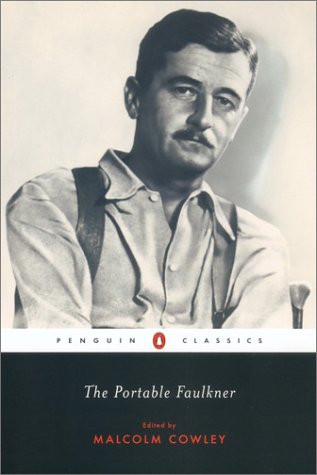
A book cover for The Portable Faulkner (Penguin Classics); William Faulkner; Biographies & Memoirs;